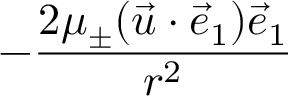
- \frac { 2 \mu _ { \pm } ( \vec { u } \cdot \vec { e } _ { 1 } ) \vec { e } _ { 1 } } { r ^ { 2 } }